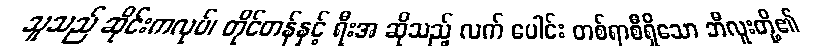
သူသည် ဆိုင်းကလုပ်၊ တိုင်တန်နှင့် ရီးအ ဆိုသည့် လက် ပေါင်း တစ်ရာစီရှိသော ဘီလူးတို့၏